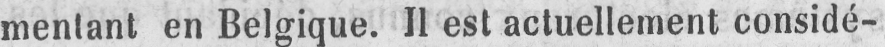
mentant en Belgique. Il est actuellement considé-